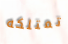
تمتلكه